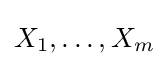
X_{1},\dots ,X_{m}